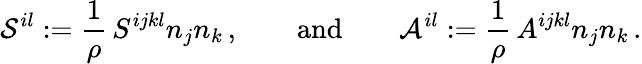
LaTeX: {\cal S}^{il}:=\frac 1\rho\, S^{ijkl}n_{j}n_{k}\, ,\qquad\mathrm{and}\qquad{\mathcal{A}}^{il}:=\frac 1\rho\, A^{ijkl}n_{j}n_{k}\, .